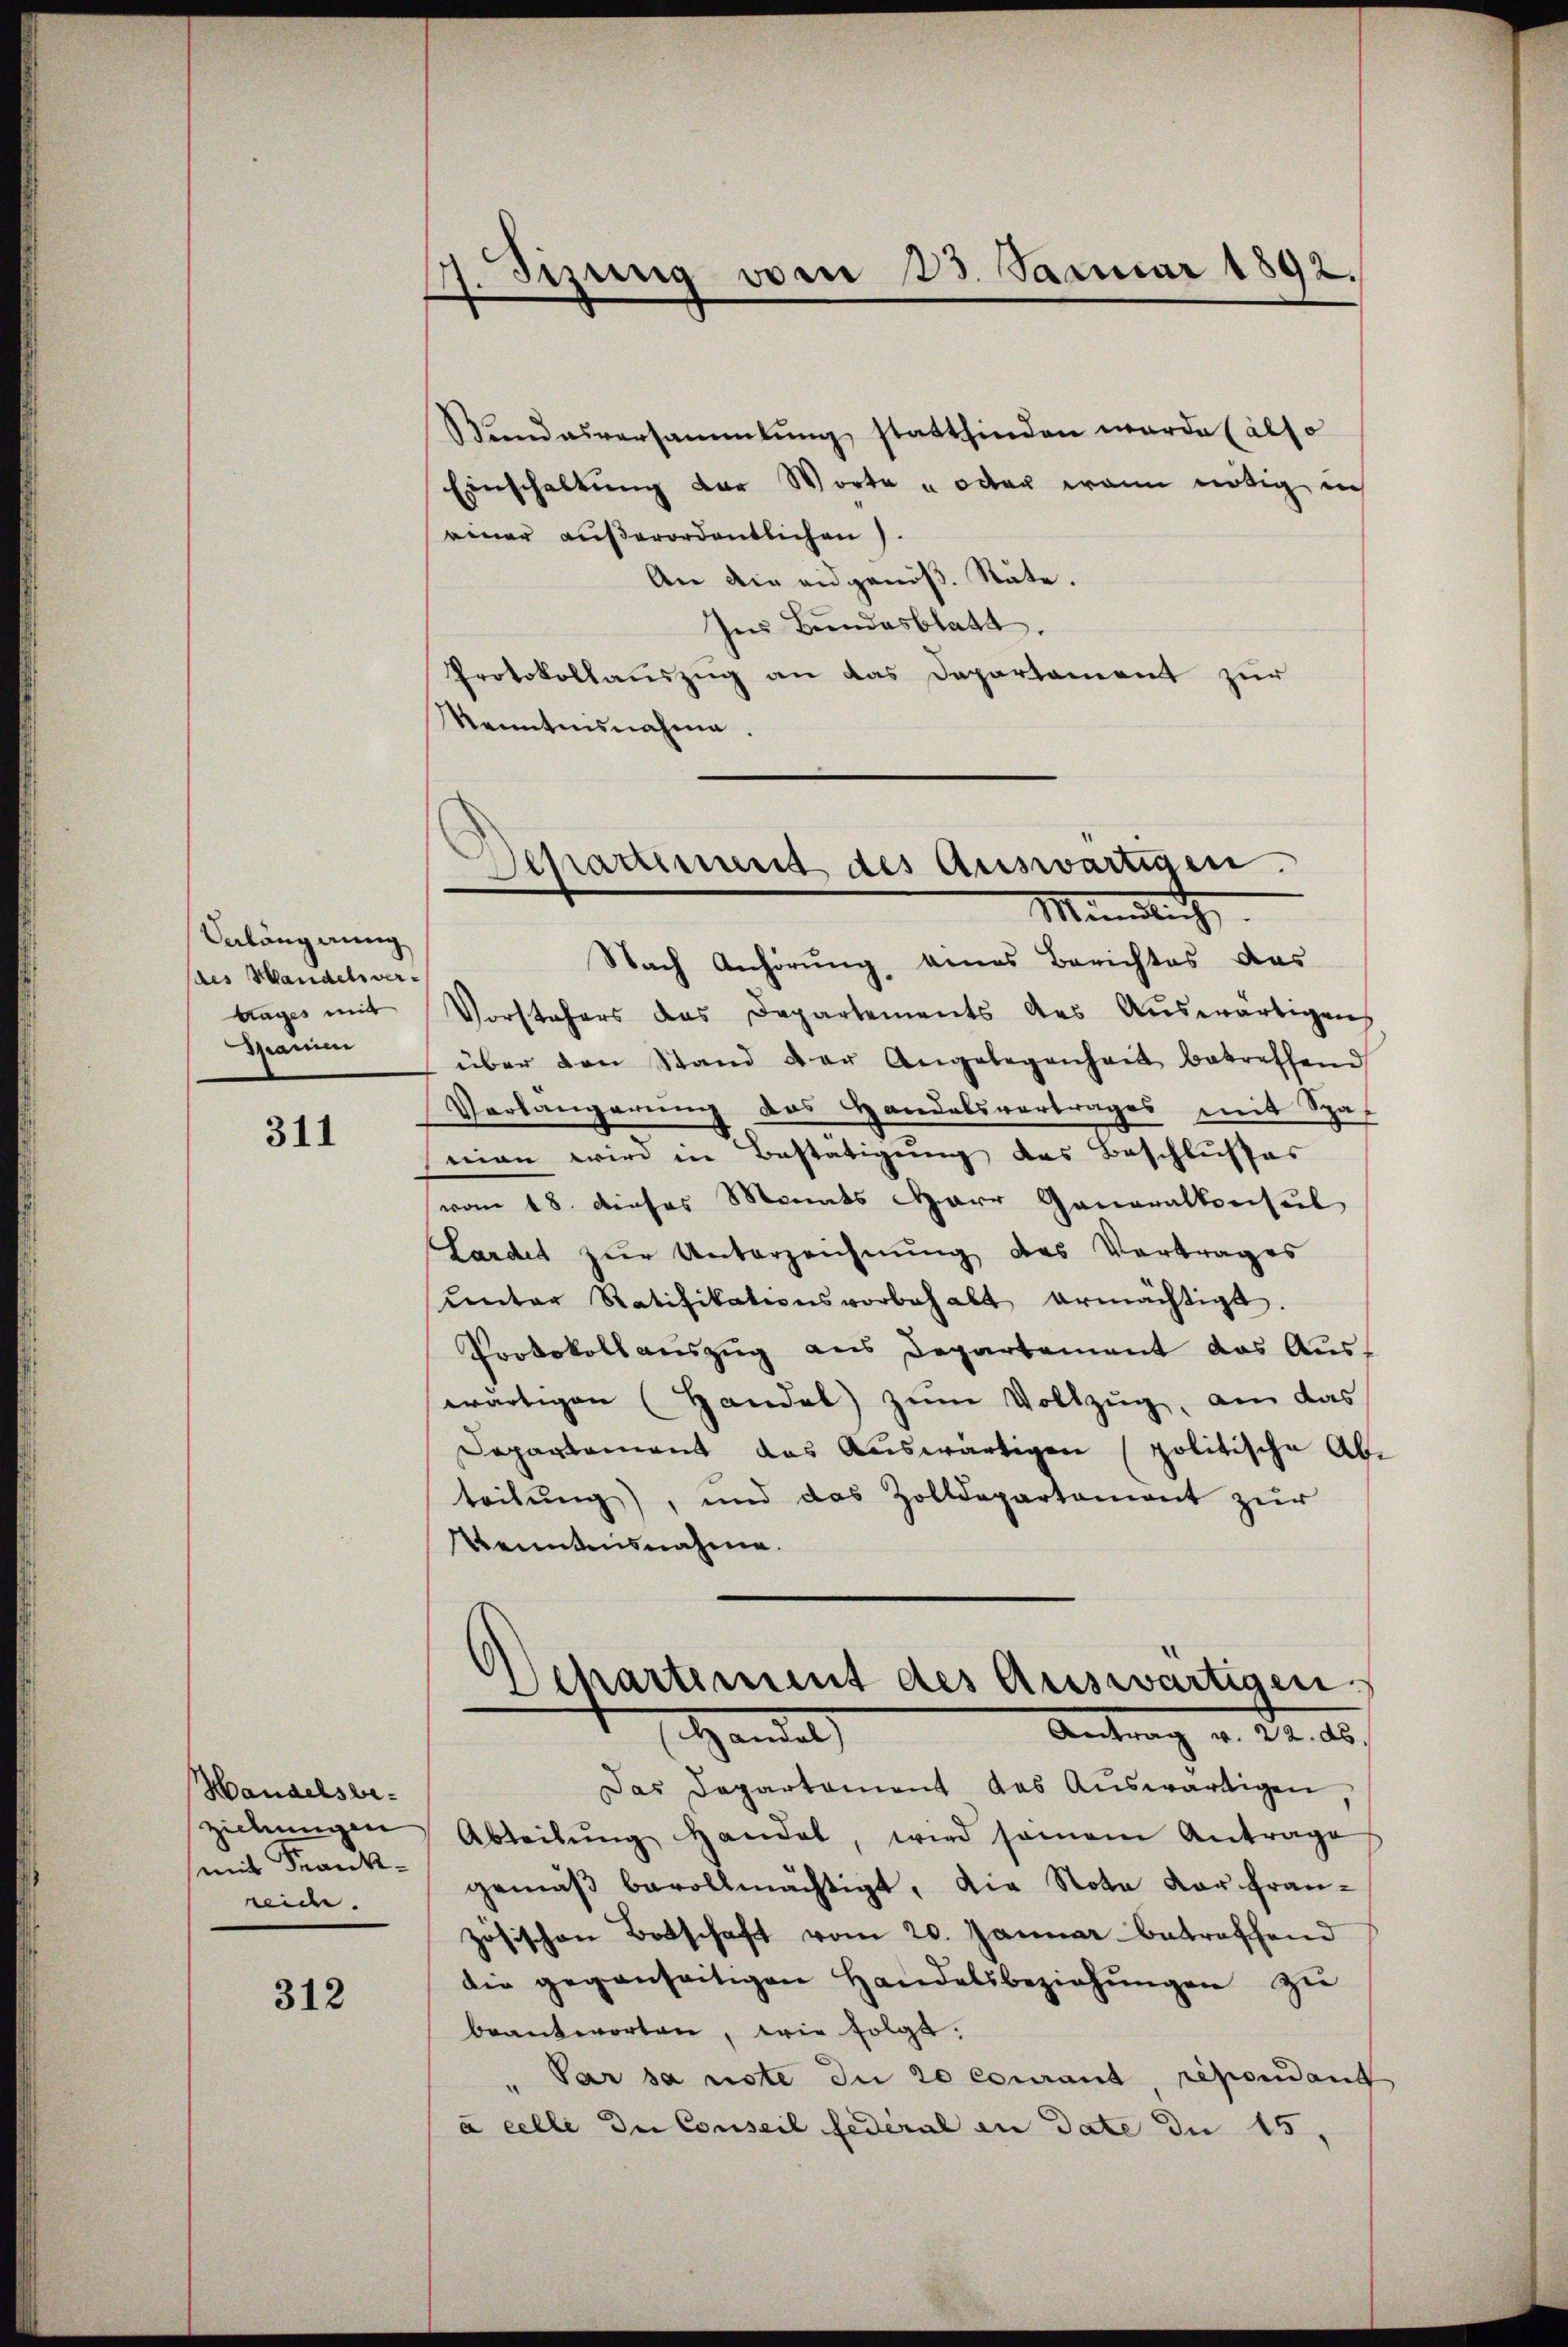
Velang eing
des Mandelsver-
trages mit
Marien

311

Handelsbe-
ziehungen
mit Frankweide.

312

14. Tizung vom 23. Januar 1892.

Bundesversammlung stattfinden werde (also
Einschaltung der Worte u oder wann nötig in
einer außerordentlichen).
An die eidgenöß. Stäte.
Ins Bundesblatt.
Protokollauszug an das Departament zur
Kenntnisnahme.

Departement des Auswärtigen.
Mündlich

Nach Anhörung eines Berichtes das
Vorstehers das Departements des Aŭswärtigen
über den Stand der Angelegenheit betreffend
Verlangerung das Handelsvertrages mit Spa
mian wird in Bestätigung des Beschlusses
vom 18. dieses Monats Herr Generalkonsul
Lardet zur Unterzeichnung des Vertrages
unter Ratifikationsvorbehalt ermächtigt.
Protokollauszug aus Departement das Aus-
wärtigen (Handel zum Vollzug, am das
Departement das Auswärtigen politische Abteilung), und das Zolldepartement zŭr
Kenntnisnahme.
Departement des Auswärtigen.
Antrag v. 22. ds.
Handel
Das Departement das Auswärtigen
Abteilŭng handel, wird samen Antrage
gemäß bevollmächtigt, die Note dar fran-
zösischen Botschaft vom 20. Januar betreffend
die gegenseitigen Handelsbeziehŭngen zŭ
beantworten, wie folgt.
Par sa note du 20 Courant répondant
à celle die Conseil Federal an date die 15,